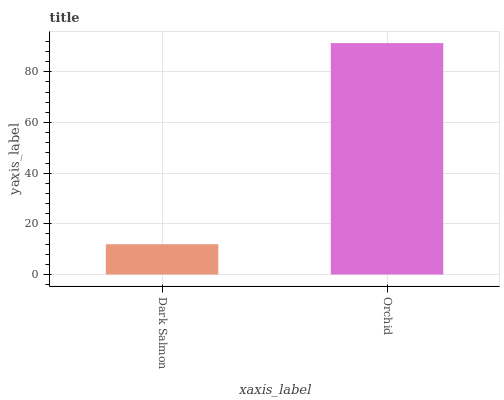
| xaxis_label | bars |
 | --- | --- |
 | Dark Salmon | 11.9 |
 | Orchid | 91.3 |